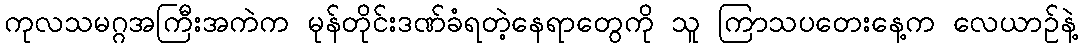
ကုလသမဂ္ဂအကြီးအကဲက မုန်တိုင်းဒဏ်ခံရတဲ့နေရာတွေကို သူ ကြာသပတေးနေ့က လေယာဉ်နဲ့